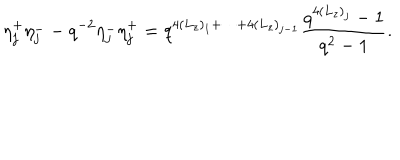
LaTeX: \eta _ { j } ^ { + } \eta _ { j } ^ { - } - q ^ { - 2 } \eta _ { j } ^ { - } \eta _ { j } ^ { + } = q ^ { 4 ( L _ { z } ) _ { 1 } + \cdots + 4 ( L _ { z } ) _ { j - 1 } } \frac { q ^ { 4 ( L _ { z } ) _ { j } } - 1 } { q ^ { 2 } - 1 } .